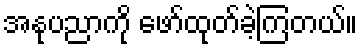
အနုပညာကို ဖော်ထုတ်ခဲ့ကြတယ်။